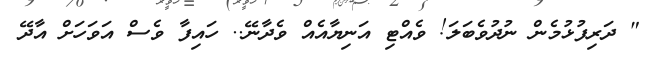
" ދަރިފުޅުމެން ނުދުވެބަލަ! ވެއްޓި އަނިޔާއެއް ވެދާނޭ.. ހައިފާ ވެސް އަވަހަށް އާދޭ